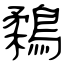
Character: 鶔